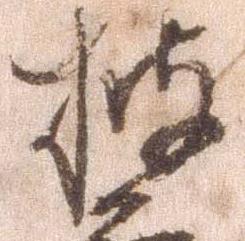
披